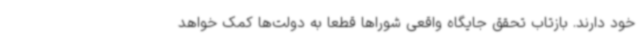
خود دارند. بازتاب تحقق جایگاه واقعی شوراها قطعا به دولت‌ها کمک خواهد